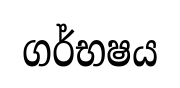
ගර්භෂය